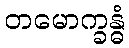
တမောက္ခန္ဓံ